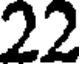
22